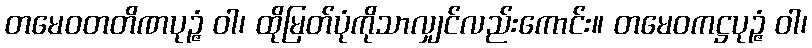
တမေဝတတိဏပုဉ္ဇံ ဝါ၊ ထိုမြတ်ပုံကိုသာလျှင်လည်းကောင်း။ တမေဝကဋ္ဌပုဉ္ဇံ ဝါ၊